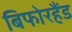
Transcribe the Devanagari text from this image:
बिफोरहैंड